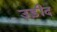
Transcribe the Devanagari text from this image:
उड़ीद